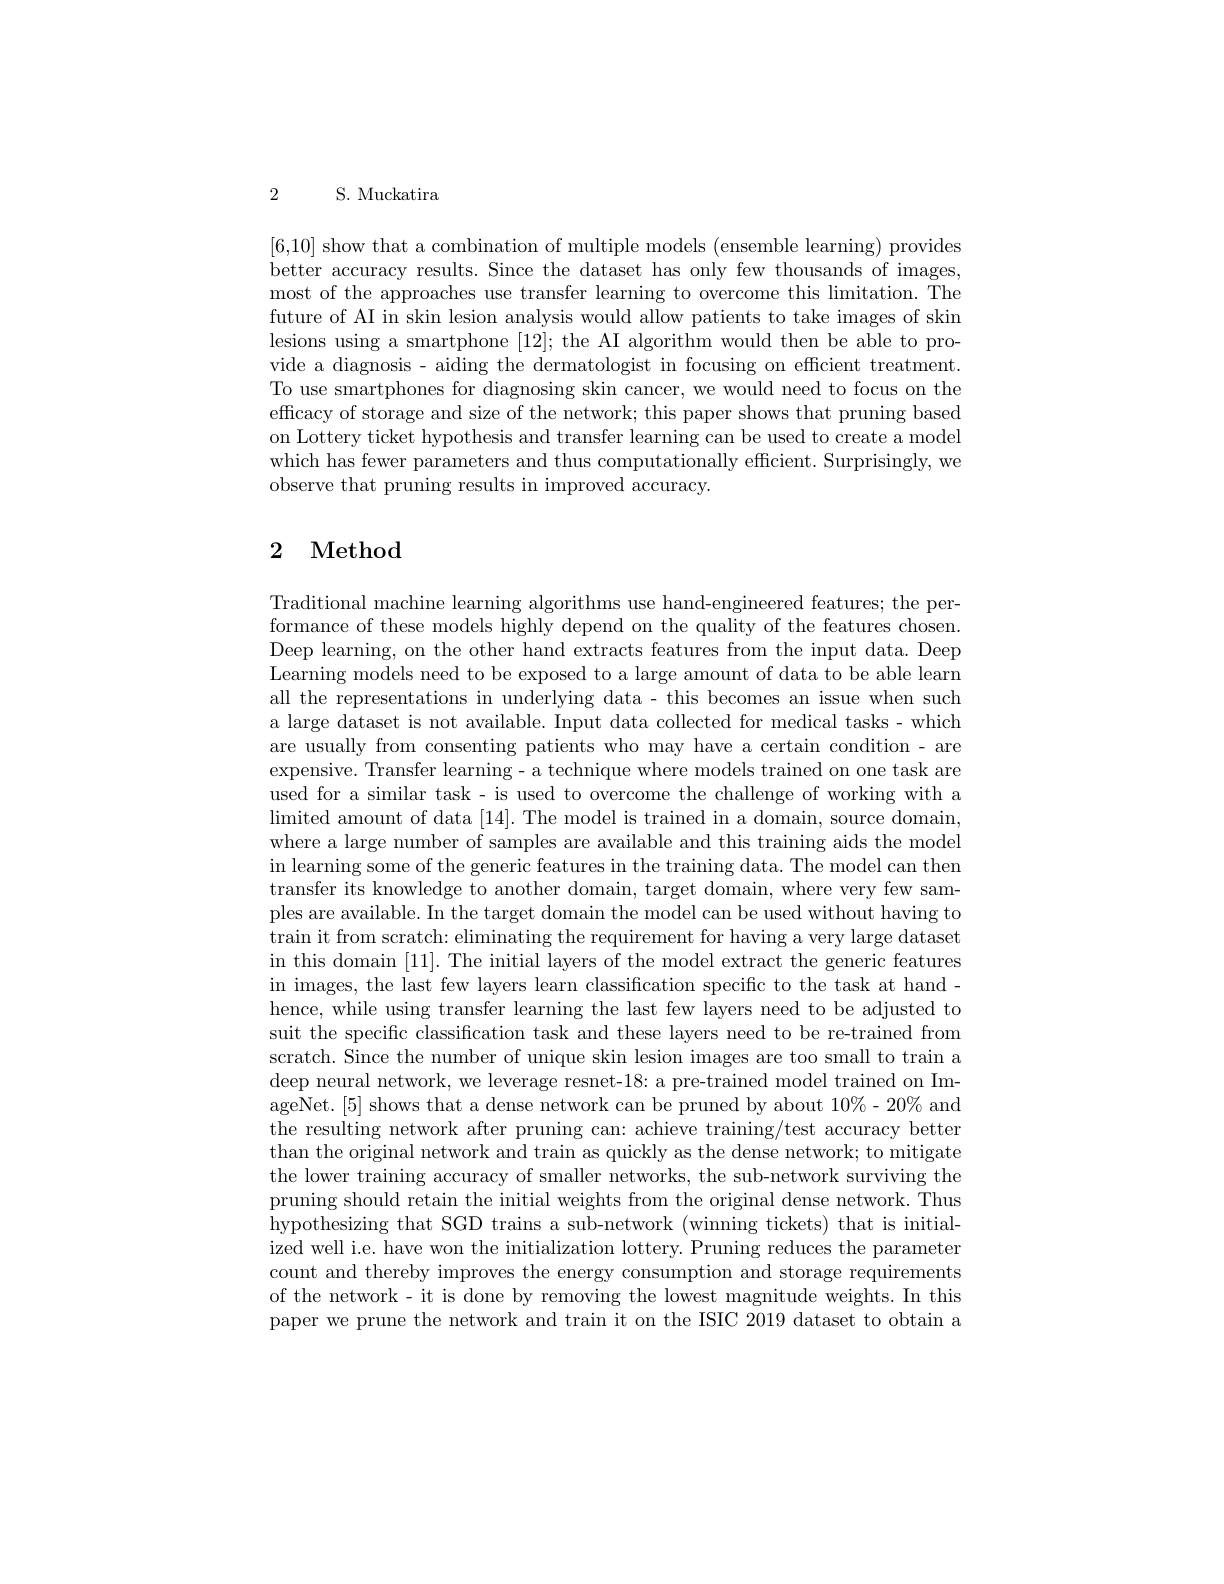
S. Muckatira

2

[6,10] show that a combination of multiple models (ensemble learning) provides better accuracy results. Since the dataset has only few thousands of images, most of the approaches use transfer learning to overcome this limitation. The future of AI in skin lesion analysis would allow patients to take images of skin lesions using a smartphone [12]; the AI algorithm would then be able to provide a diagnosis - aiding the dermatologist in focusing on efficient treatment. To use smartphones for diagnosing skin cancer, we would need to focus on the efficacy of storage and size of the network; this paper shows that pruning based on Lottery ticket hypothesis and transfer learning can be used to create a model which has fewer parameters and thus computationally efficient. Surprisingly, we observe that pruning results in improved accuracy.

## 2 Method

Traditional machine learning algorithms use hand-engineered features; the performance of these models highly depend on the quality of the features chosen. Deep learning, on the other hand extracts features from the input data. Deep Learning models need to be exposed to a large amount of data to be able learn all the representations in underlying data- this becomes an issue when such a large dataset is not available. Input data collected for medical tasks- which are usually from consenting patients who may have a certain condition - are expensive. Transfer learning- a technique where models trained on one task are used for a similar task - is used to overcome the challenge of working with a $\operatorname*{limited}$ amount of data [14]. The model is trained in a domain, source domain, where a large number of samples are available and this training aids the model in learning some of the generic features in the training data. The model can then transfer its knowledge to another domain, target domain, where very few samples are available. In the target domain the model can be used without having to train it from scratch: eliminating the requirement for having a very large dataset in this domain [11]. The initial layers of the model extract the generic features in images, the last few layers learn classification specific to the task at handhence, while using transfer learning the last few layers need to be adjusted to suit the specific classification task and these layers need to be re-trained from scratch. Since the number of unique skin lesion images are too small to train a deep neural network, we leverage resnet-18: a pre-trained model trained on ImageNet. [5] shows that a dense network can be pruned by about $10\%-20\%$ and the resulting network after pruning can: achieve training/test accuracy better than the original network and train as quickly as the dense network; to mitigate the lower training accuracy of smaller networks, the sub-network surviving the pruning should retain the initial weights from the original dense network. Thus hypothesizing that SGD trains a sub-network (winning tickets) that is initialized well i.e. have won the initialization lottery. Pruning reduces the parameter count and thereby improves the energy consumption and storage requirements of the network- it is done by removing the lowest magnitude weights. In this paper we prune the network and train it on the ISIC 2019 dataset to obtain a